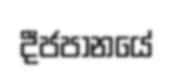
දීජපානයේ